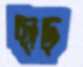
ছাড়